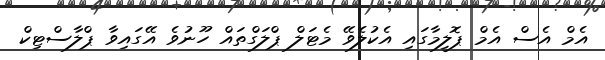
އެމް އެސް އެމް ޕޮލީމާގައި އެކުލެވޭ މެޓަލް ޕްލަގްތައް ހޫނުވެ އޭގައިވާ ޕްލާސްޓިކް